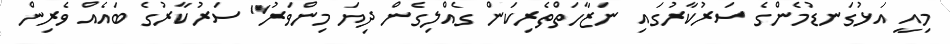
މިއީ އަޅުގަނޑުމެންގެ ސަރުކާރުގައި ނަޒާހަތްތެރިކަން ގެއްލިގެން ދިޔަ މިންވަރު" ސަރުކާރުގެ ބައެއް ވެރިން